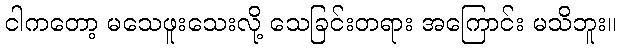
ငါကတော့ မသေဖူးသေးလို့ သေခြင်းတရား အကြောင်း မသိဘူး။